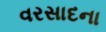
વરસાદના